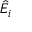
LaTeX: { \hat { E } } _ { i }